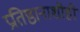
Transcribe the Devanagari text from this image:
प्रतिष्ठानाशीही